Vaccination in Bombay 1924-1928 - 1924-1928
Year: 1924
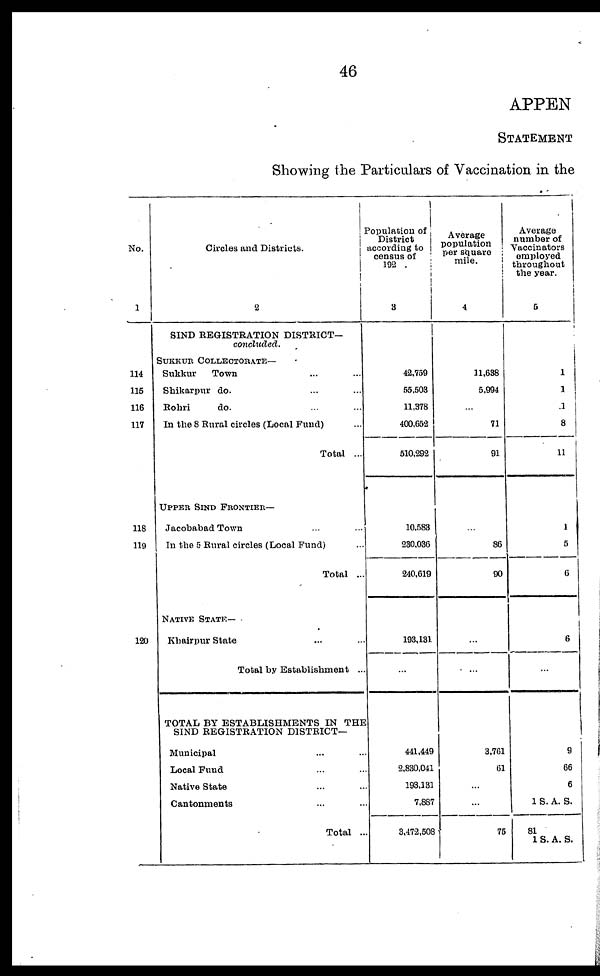
46
APPEN
STATEMENT
Showing the Particulars of Vaccination in the
No.
1
114
115
116
117
118
119
120
Circles and Districts.
2
BIND REGISTRATION DISTRICT—
concluded.
SUKKUR COLLECTORATE—
Sukkur
Town ... ...
Shikarpur do. ... ...
Robri
do.
In the 8 Rural circles (Local Fund) ...
Total ...
UPPER SIND FRONTIER—
Jacobabad Town
In the 5 Rural circles (Local Fund) ...
Total ...
NATIVE STATE—
Khairpur State ... ...
Total by Establishment ...
TOTAL BY ESTABLISHMENTS IN THE
SIND REGISTRATION DISTRICT—
Municipal ... ...
Local Fund ... ...
Native State ... ...
Cantonments ... ...
Total ...
Population of
District
according to
census of
192
3
42,759
55,503
11,378
400,652
510,292
10,583
230,036
240,619
193,131
441,449
2,830,041
193,131
7,887
3,472,508
Average
population
per square
mile.
4
11,638
5,994
...
71
91
...
86
90
...
3,761
61
...
...
75
Average
number of
Vaccinators
employed
throughout
the year.
5
1
11
1
8
11
1
5
6
6
9
66
6
1 S. A. S.
81
1 S. A. S.